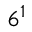
6 { } ^ { 1 }